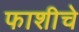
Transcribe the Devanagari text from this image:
फाशीचे